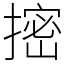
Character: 㨸